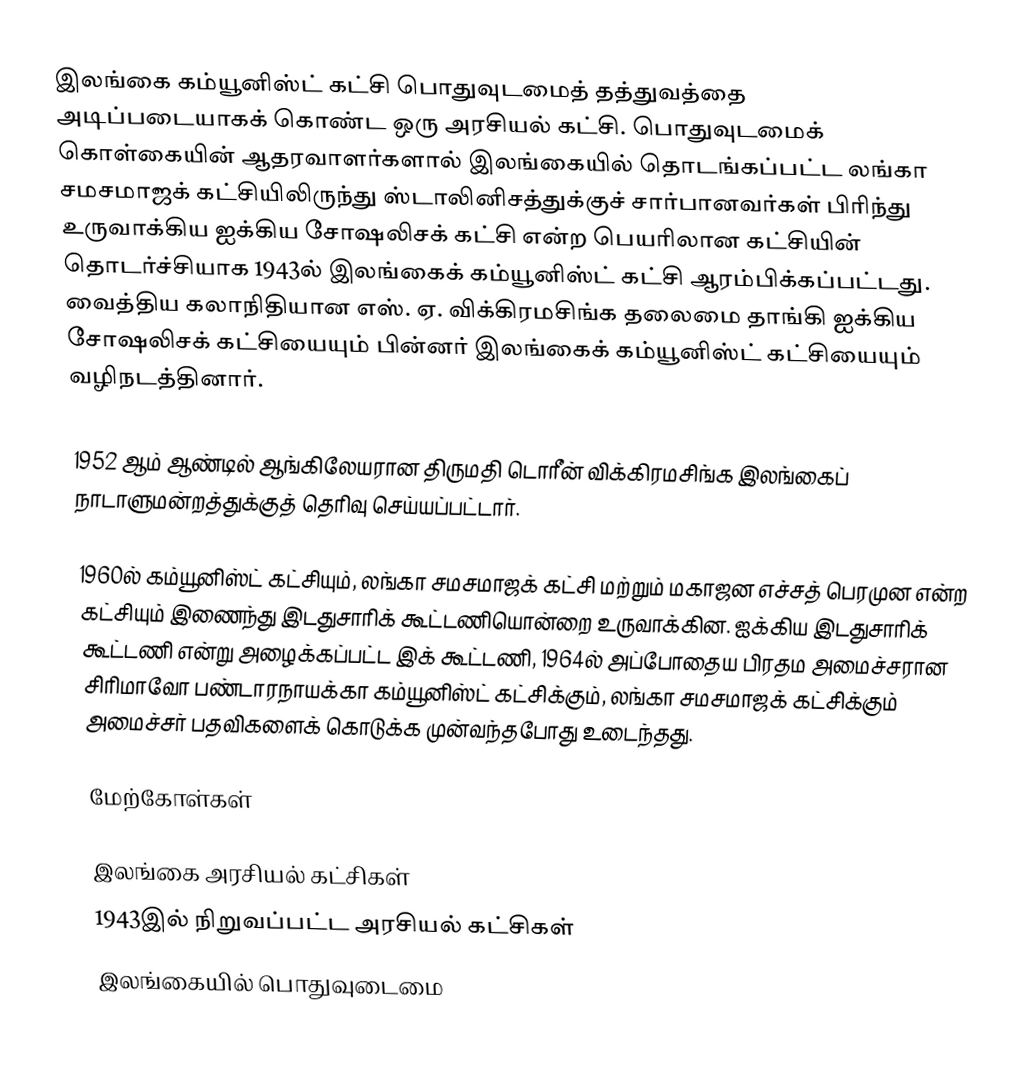
இலங்கை கம்யூனிஸ்ட் கட்சி பொதுவுடமைத் தத்துவத்தை அடிப்படையாகக் கொண்ட ஒரு அரசியல் கட்சி. பொதுவுடமைக் கொள்கையின் ஆதரவாளர்களால் இலங்கையில் தொடங்கப்பட்ட லங்கா சமசமாஜக் கட்சியிலிருந்து ஸ்டாலினிசத்துக்குச் சார்பானவர்கள் பிரிந்து உருவாக்கிய ஐக்கிய சோஷலிசக் கட்சி என்ற பெயரிலான கட்சியின் தொடர்ச்சியாக 1943ல் இலங்கைக் கம்யூனிஸ்ட் கட்சி ஆரம்பிக்கப்பட்டது. வைத்திய கலாநிதியான எஸ். ஏ. விக்கிரமசிங்க தலைமை தாங்கி ஐக்கிய சோஷலிசக் கட்சியையும் பின்னர் இலங்கைக் கம்யூனிஸ்ட் கட்சியையும் வழிநடத்தினார்.

1952 ஆம் ஆண்டில் ஆங்கிலேயரான திருமதி டொரீன் விக்கிரமசிங்க இலங்கைப் நாடாளுமன்றத்துக்குத் தெரிவு செய்யப்பட்டார்.

1960ல் கம்யூனிஸ்ட் கட்சியும், லங்கா சமசமாஜக் கட்சி மற்றும் மகாஜன எச்சத் பெரமுன என்ற கட்சியும் இணைந்து இடதுசாரிக் கூட்டணியொன்றை உருவாக்கின. ஐக்கிய இடதுசாரிக் கூட்டணி என்று அழைக்கப்பட்ட இக் கூட்டணி, 1964ல் அப்போதைய பிரதம அமைச்சரான சிரிமாவோ பண்டாரநாயக்கா கம்யூனிஸ்ட் கட்சிக்கும், லங்கா சமசமாஜக் கட்சிக்கும் அமைச்சர் பதவிகளைக் கொடுக்க முன்வந்தபோது உடைந்தது.

மேற்கோள்கள்

இலங்கை அரசியல் கட்சிகள்
1943இல் நிறுவப்பட்ட அரசியல் கட்சிகள்
இலங்கையில் பொதுவுடைமை